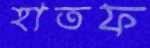
হাতফ